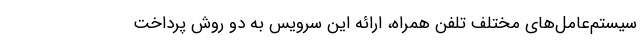
سیستم‌عامل‌های مختلف تلفن همراه، ارائه این سرویس به دو روش پرداخت